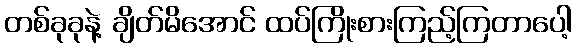
တစ်ခုခုနဲ့ ချိတ်မိအောင် ထပ်ကြိုးစားကြည့်ကြတာပေါ့